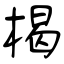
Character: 楬